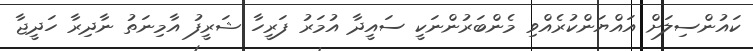
ކައުންސިލަށް އައްޔަންކުރެއްވި މެންބަރުންނަކީ ސައީދާ އުމަރު ފަރީހާ ޝަރީފު އާމިނަތު ނާދިރާ ހަދީޖާ